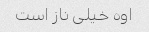
اوه خیلی ناز است